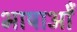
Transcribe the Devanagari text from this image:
भाषाओें